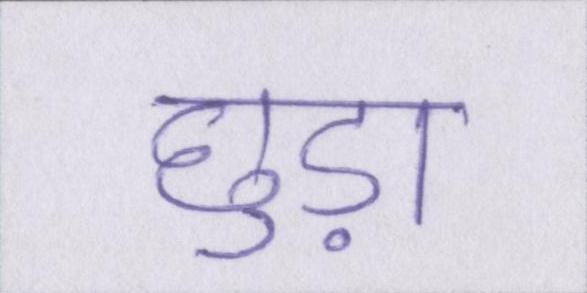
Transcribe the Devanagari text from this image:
छुड़ा